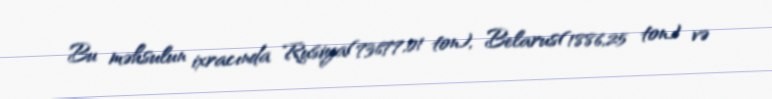
Bu məhsulun ixracında Rusiya(73677,01 ton), Belarus(1886,25 ton) və